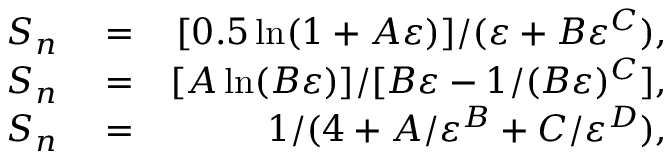
\begin{array} { r l r } { S _ { n } } & { { } = } & { [ 0 . 5 \ln ( 1 + A \varepsilon ) ] / ( \varepsilon + B \varepsilon ^ { C } ) , } \\ { S _ { n } } & { { } = } & { [ A \ln ( B \varepsilon ) ] / [ B \varepsilon - 1 / ( B \varepsilon ) ^ { C } ] , } \\ { S _ { n } } & { { } = } & { 1 / ( 4 + A / \varepsilon ^ { B } + C / \varepsilon ^ { D } ) , } \end{array}